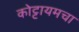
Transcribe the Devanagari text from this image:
कोट्टायमचा